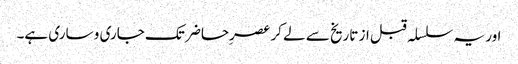
اور یہ سلسلہ قبل از تاریخ سے لے کر عصرِحاضر تک جاری و ساری ہے۔